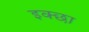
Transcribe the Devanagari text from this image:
इक्छा